NAE_ERA_R-2324_Eesti_Vabariigi_Pohiseaduslik_Assamblee, lk 96
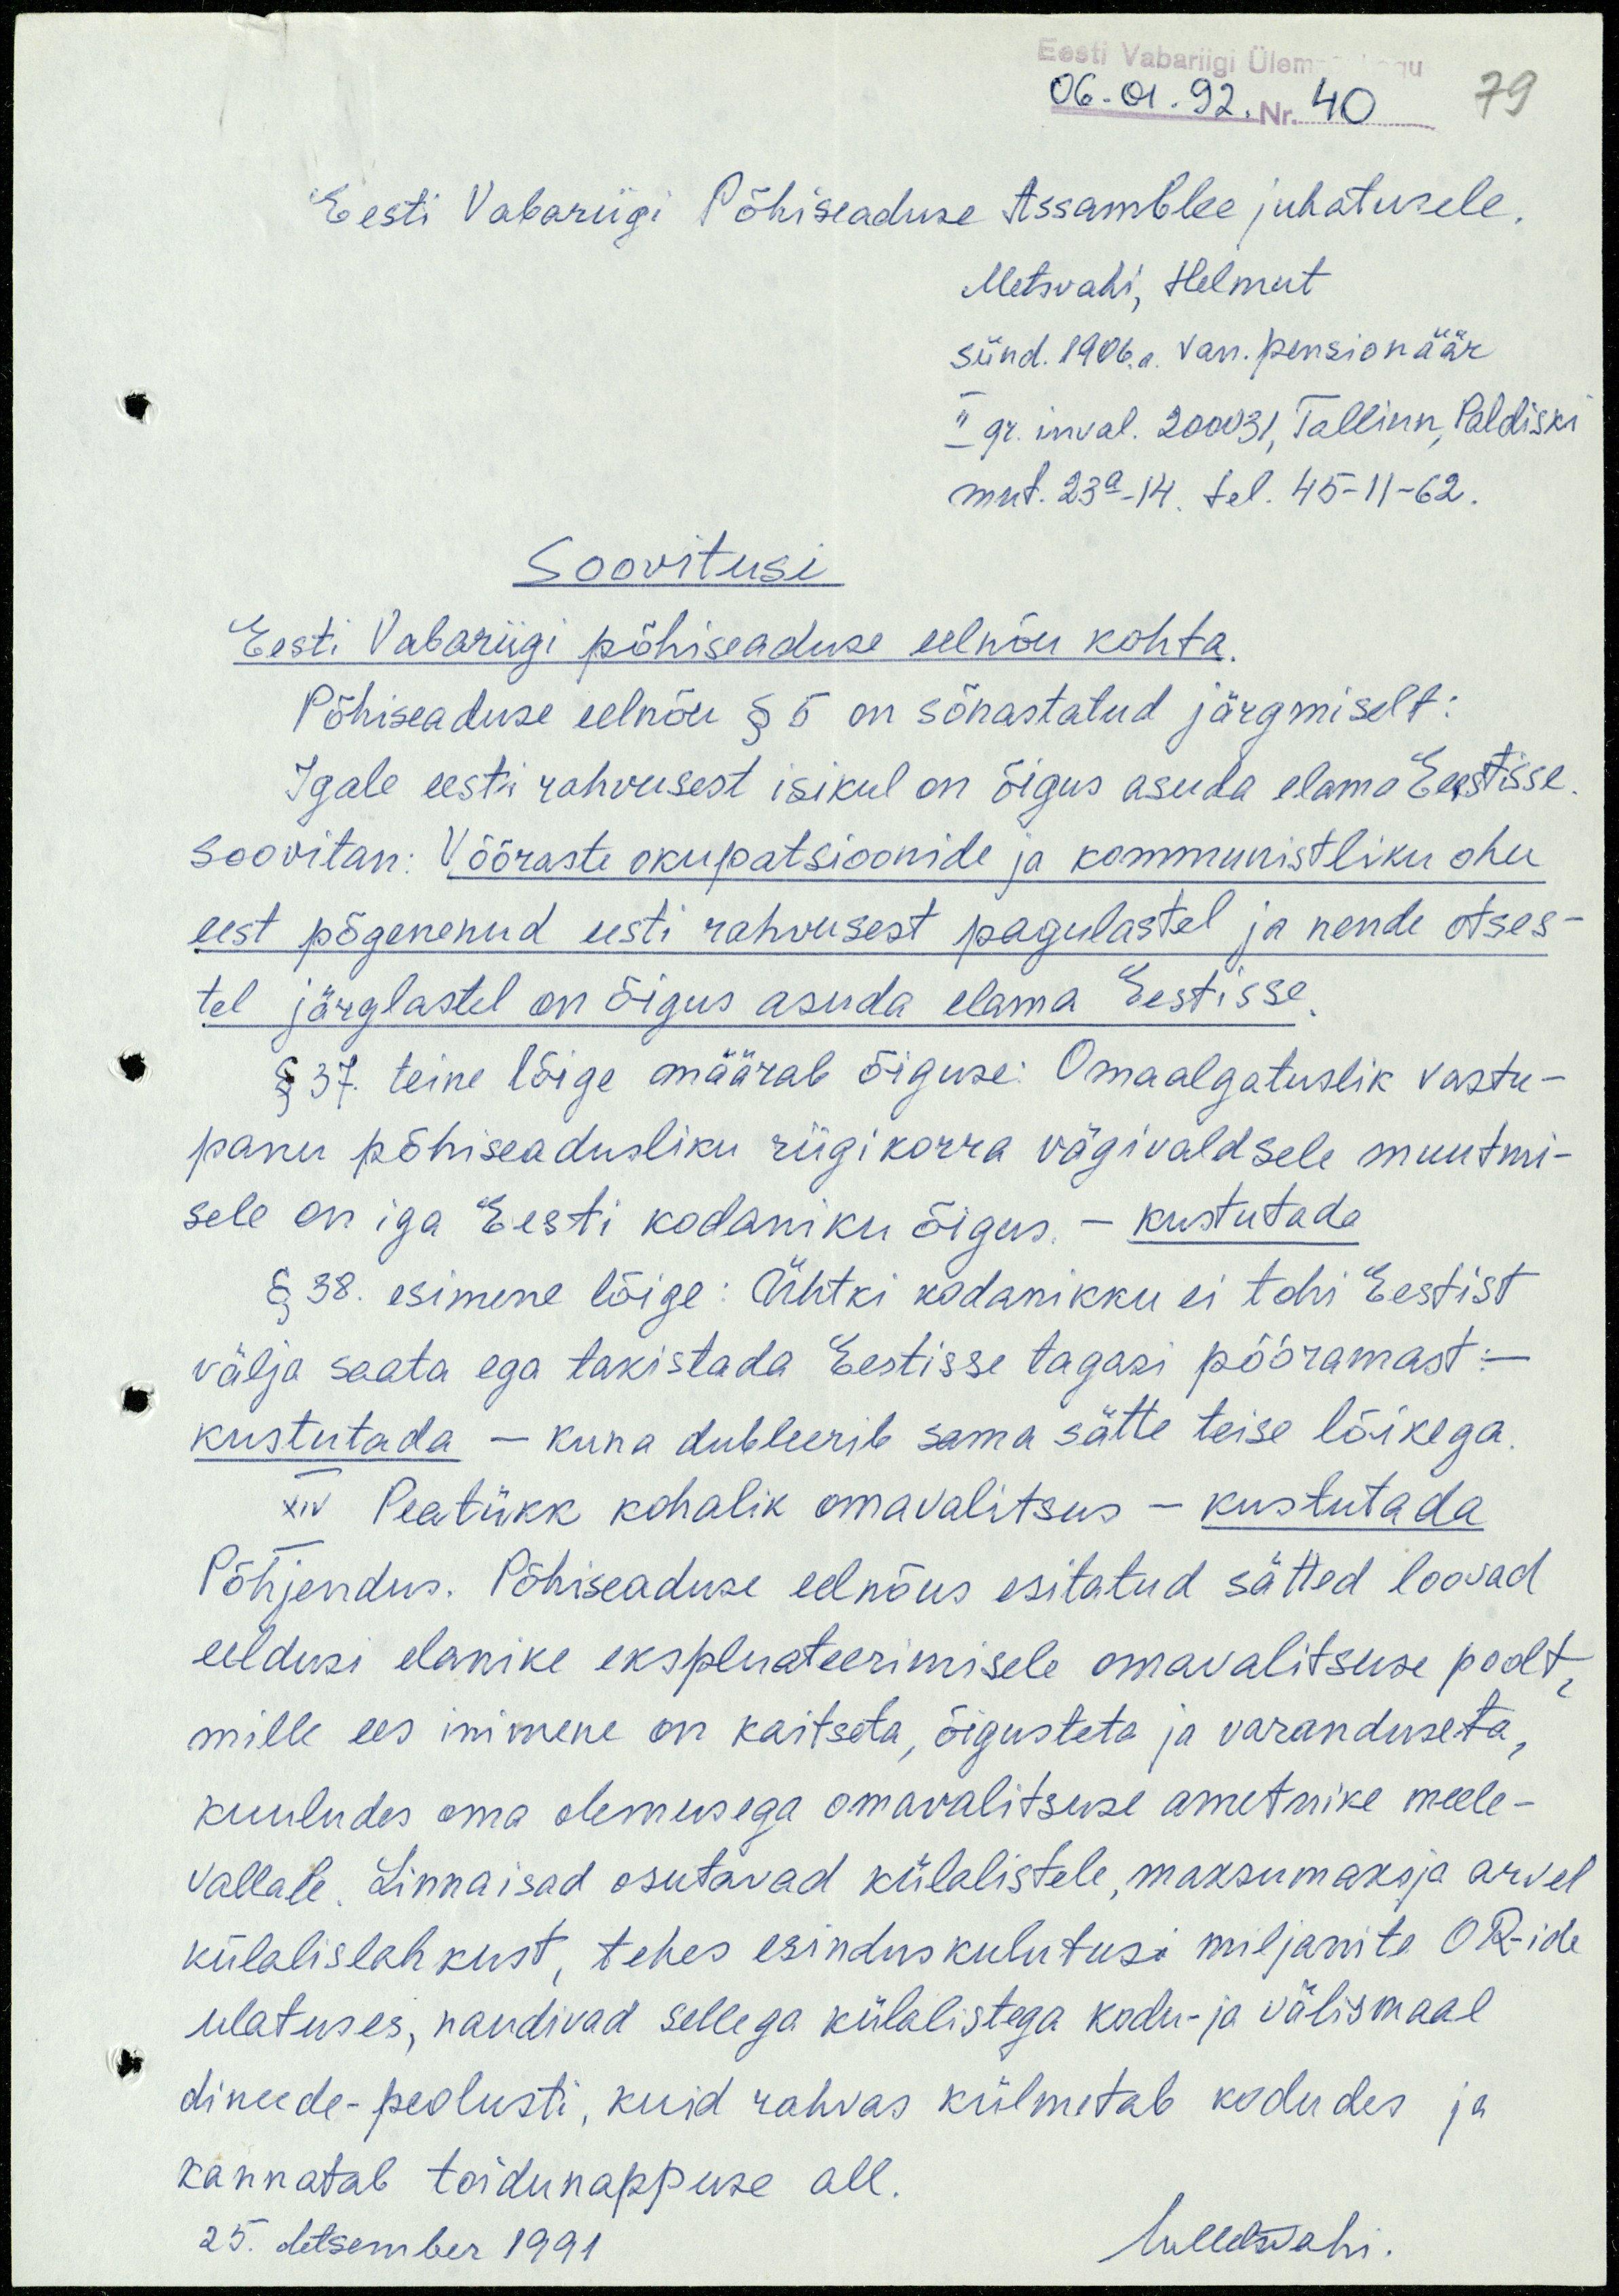
Eesti Vabariigi Ülem
06.01.92. Nr. 40
79
Eesti Vabariigi Põhiseaduse Assamblee juhatusele.
Metsvahi, Helmut
sünd. 1906. a. van. pensionäär
II gr. inval. 200031, Tallinn, Paldiski
mnt. 23a-14. tel. 45-11-62.
Soovitusi
Eesti Vabariigi põhiseaduse eelnõu kohta.
Põhiseaduse eelnõu § 5 on sõnastatud järgmiselt:
Igale eesti rahvusest isikul on õigus asuda elama Eestisse.
Soovitan: Võõraste okupatsioonide ja kommunistliku ohu
eest põgenenud eesti rahvusest pagulastel ja nende otses-
tel järglastel on õigus asuda elama Eestisse.
§ 37. teine lõige määrab õiguse: Omaalgatuslik vastu-
panu põhiseadusliku riigikorra vägivaldsele muutmi-
sele on iga Eesti kodaniku õigus. - kustutada
§ 38. esimene lõige: Ühtki kodanikku ei tohi Eestist
välja saata ega takistada Eestisse tagasi pööramast: -
kustutada - kuna dubleerib sama sätte teise lõikega.
XIV Peatükk kohalik omavalitsus - kustutada
Põhjendus. Põhiseaduse eelnõus esitatud sätted loovad
eeldusi elanike ekspluateerimisele omavalitsuse poolt,
mille ees inimene on kaitseta, õigusteta ja varanduseta,
kuuludes oma olemusega omavalitsuse ametnike meele-
vallale. Linnaisad osutavad külalistele, maksumaksja arvel
külalislahkust, tehes esinduskulutusi miljonite OR-ide
ulatuses, naudivad sellega külalistega kodu- ja välismaal
dineede-peolusti, kuid rahvas külmetab kodudes ja
kannatab toidunappuse all.
25. detsember 1991
HMetsvahi